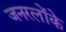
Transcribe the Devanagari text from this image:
जनरलोंके